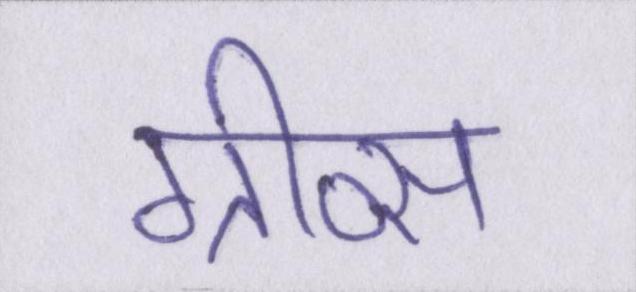
ग्रीव्स